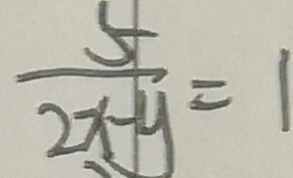
\frac { 5 } { 2 x - y } = 1